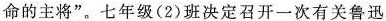
命的主将”。七年级(2)班决定召开一次有关鲁迅